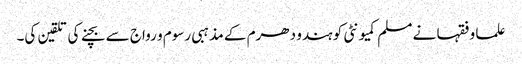
علما و فقہا نے مسلم کمیونٹی کو ہندو دھرم کے مذہبی رسوم و رواج سے بچنے کی تلقین کی۔